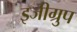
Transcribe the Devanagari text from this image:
इजीग्रुप